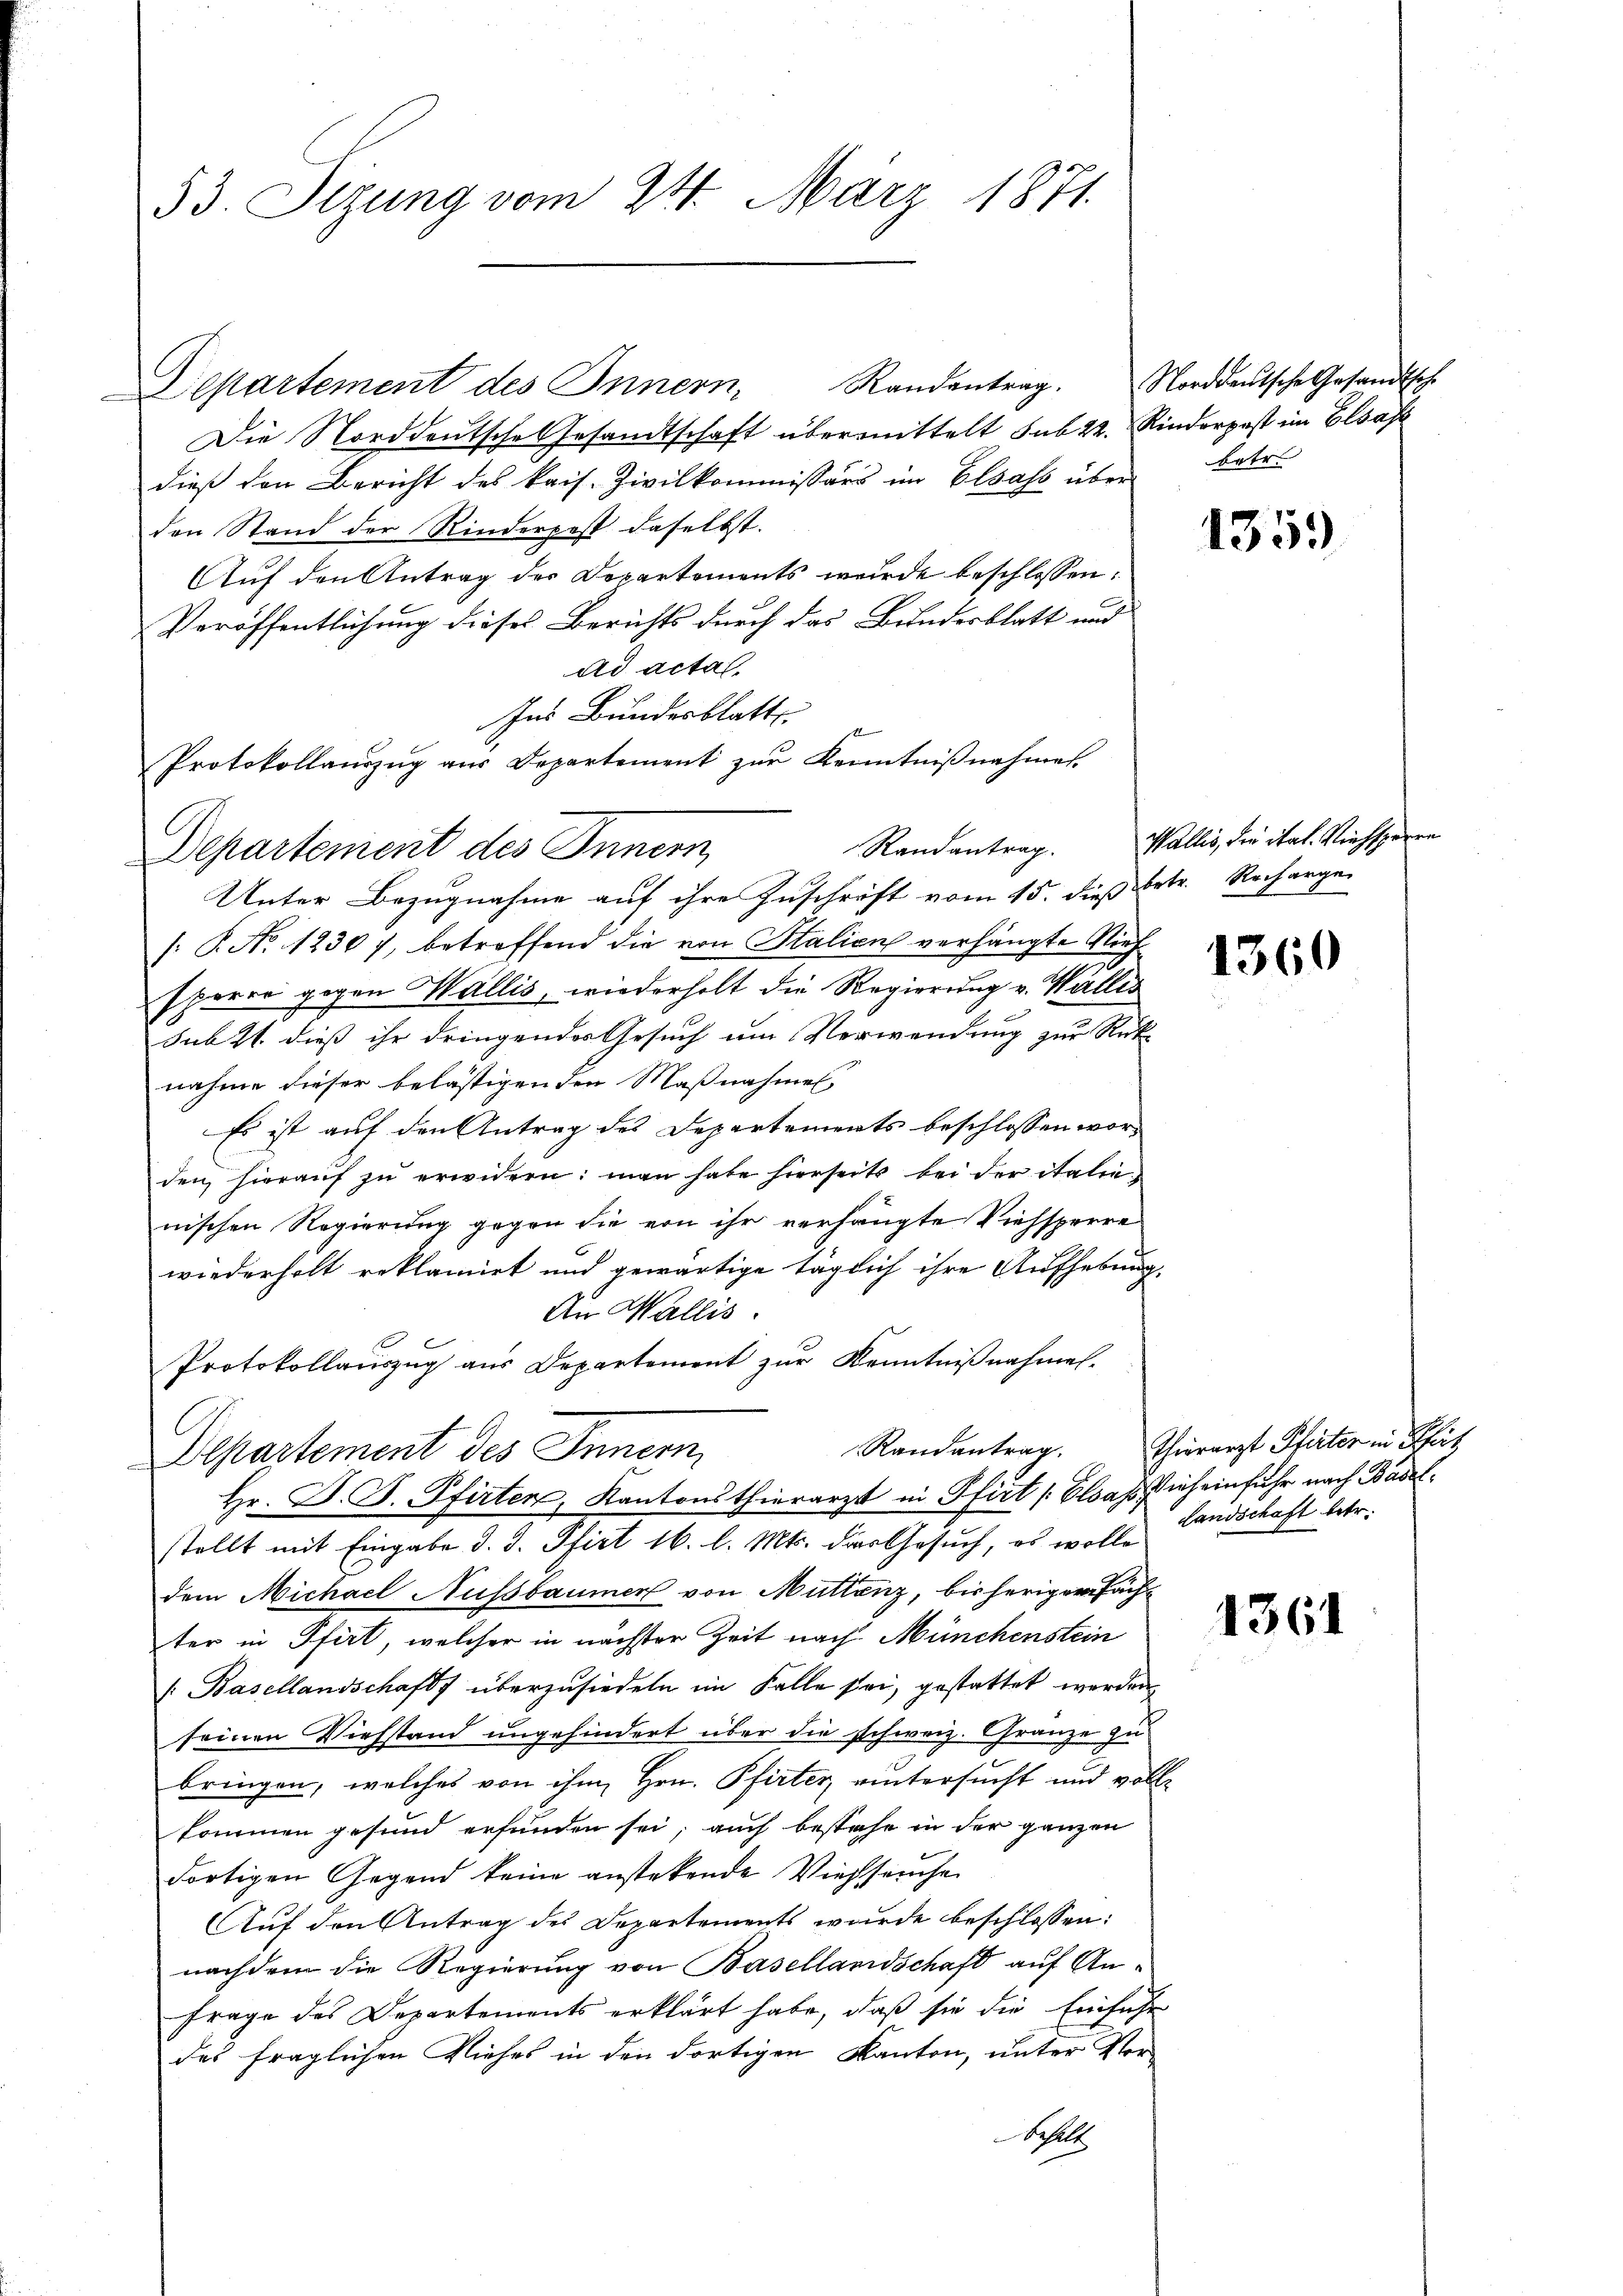
53. Sizung vom 24. März 1871.

Departement des Innern, Randantrag. Norddeutsche Gesandtsch
Die Norddeutsche Gesandtschaft übermittelt sub 22. Rinderpost im Elsaft
dieß den Bericht des kais. Zivilkommissärs im Elsass über betr.
den Stand der Rinderpost daselbst.
Auf den Antrag des Departements wurde beschlossen:
Veröffentlichung dieses Berichts durch das Bundesblatt und
ad acta.
Ins Bundesblatte.
Protokollauszug aus Departement zur Kenntnißnahmes.
Randantrag.
Unter Bezugnahme auf ihre Zuschrift vom 15. dieß betr. Recharge
/: P. No 1230), betreffend die von Stalien verhängte Niehsparer gegen Wallis, wiederholt die Regierung v. Wallis
sub 21. dieß ihr dringendes Gesuch um Verwendung zur Rücknahme dieser belästigenden Maßnahmen
Es ist auf den Antrag des Departements beschlossen worden hieraŭf zŭ erwidern: man habe hierseits bei der italie
nischen Regierung gegen die von ihr verhängte Viehsperre
wiederholt reklamirt und gewärtige täglich ihre Aufhebung.
An Wallis.
Protokollauszug aus Departement zur Kenntnißnahmen.
Randantrag.
Departement des Innern,
Hr. F. J. Pfirten, Kantonsthierarzt in Pfirt [Elsass ich einfuhr nach Baselstellt mit Eingabe d. J. Pfirt 16. l. Mts. dies Gesuch, es wolle
dem Michael Aussbaumer von Muttenz, bisheriger Fachter in Pfirt, welcher in nächster Zeit nach Münchenstein
/Basellandschaft überzusiedeln im Falle sei, gestattet werden
seinen Viehstand ungehindert über die schweiz. Gränze zu
bringen, welches von ihm Hrn. Pfirter, vintersucht und voll-
kommen gesund erfunden sei; auch bestehe in der ganzen
dortigen Gegend keine anstetende Viehseuche
Auf den Antrag des Departements wurde beschlossen:
nachdem die Regierung von Basellandschaft auf Anfrage des Departements erklärt habe, daß sie die Einführ
des fraglichen Viehes in den dortigen Kanton, unter Ver¬
Schat

Departement des Innern,

1359

Wallis, die ital. Viehsperre

1360

Thierarzt Plirter in Scheit
Landschaft betr.

1361